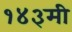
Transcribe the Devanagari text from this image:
१४३मी